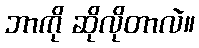
ဘာကို ဆိုလိုတာလဲ။